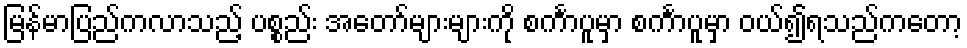
မြန်မာပြည်ကလာသည့် ပစ္စည်း အတော်များများကို စင်္ကာပူမှာ စင်္ကာပူမှာ ဝယ်၍ရသည်ကတော့